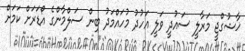
ޚާޝުގްޖީ މަރާލީ ސައުދީ ވަލީ އަހުދު މުހައްމަދު ބިން ސަލްމާންގެ އޯޑަރަށް ކަމަށް